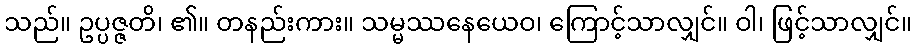
သည်။ ဥပ္ပဇ္ဇတိ၊ ၏။ တနည်းကား။ သမ္မဿနေယေဝ၊ ကြောင့်သာလျှင်။ ဝါ၊ ဖြင့်သာလျှင်။